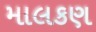
માલકણ